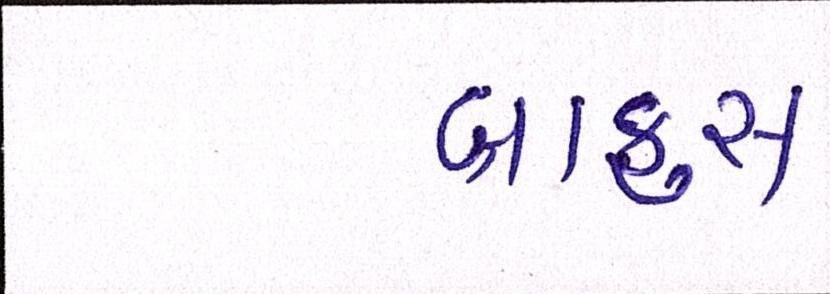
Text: બ્રાફુસ